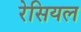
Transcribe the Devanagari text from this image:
रेसियल